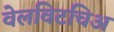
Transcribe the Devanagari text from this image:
वेलविटचिअ